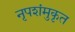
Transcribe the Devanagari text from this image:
नृपशंमुकृत